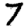
Digit: 7